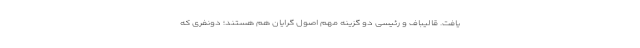
یافت. قالیباف و رئیسی دو گزینه مهم اصول گرایان هم هستند؛ دونفری که